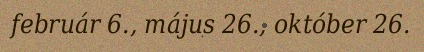
február 6., május 26., október 26.